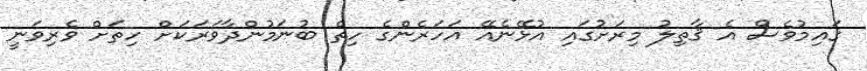
ގައިމުވެސް އެ ޤާތިލު މިރަށުގައި އުޅޭނެއޭ އަހަރެންގެ ހިތް ބުނަމުންދާވަރަކަށް ހިތަށް ވެރިވަނީ